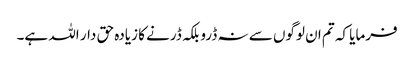
فرمایا کہ تم ان لوگوں سے نہ ڈرو بلکہ ڈرنے کا زیادہ حق دار اللہ ہے۔